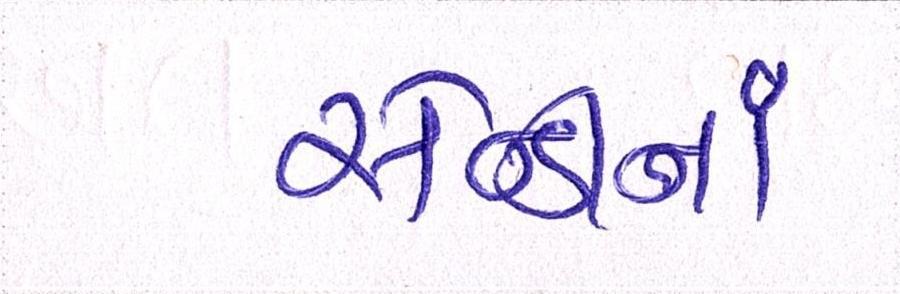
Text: સેન્ડીનાં